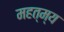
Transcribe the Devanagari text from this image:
महत्म्य